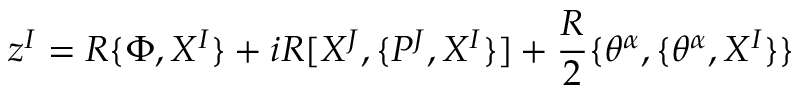
z ^ { I } = R \{ \Phi , X ^ { I } \} + i R [ X ^ { J } , \{ P ^ { J } , X ^ { I } \} ] + \frac { R } { 2 } \{ \theta ^ { \alpha } , \{ \theta ^ { \alpha } , X ^ { I } \} \}